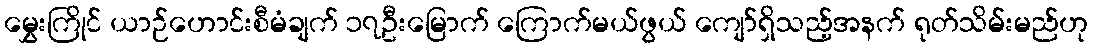
မွှေးကြိုင် ယာဉ်ဟောင်းစီမံချက် ၁၇ဦးမြောက် ကြောက်မယ်ဖွယ် ကျော်ရှိသည့်အနက် ရုတ်သိမ်းမည်ဟု